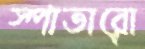
স্পাতারো